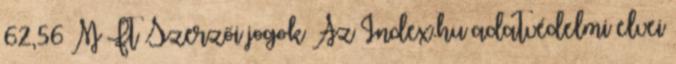
62,56 M Ft Szerzői jogok Az Index.hu adatvédelmi elvei